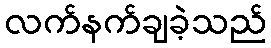
လက်နက်ချခဲ့သည်